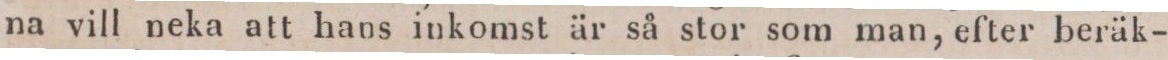
na vill neka att hans inkomst är så stor som man, efter beräk-